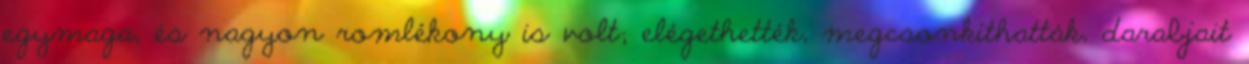
egymaga, és nagyon romlékony is volt; elégethették, megcsonkíthatták, darabjait